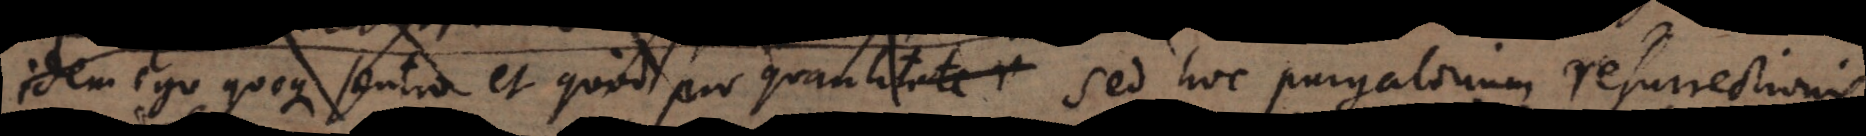
idem ego quoque sentio et quod pro quantitate Sed hoc purgatorium resurrectionis